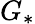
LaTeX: G_{*}